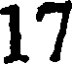
17